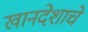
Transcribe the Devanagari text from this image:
खानदेशाचे